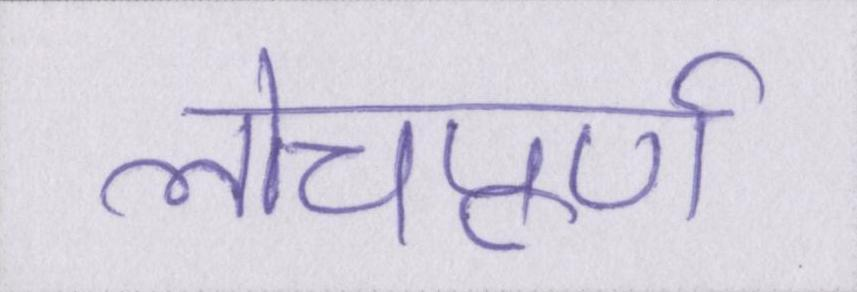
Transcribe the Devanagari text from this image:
लोचपूर्ण